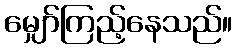
မျှော်ကြည့်နေသည်။